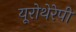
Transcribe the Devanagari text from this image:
यूरोथेरेपी